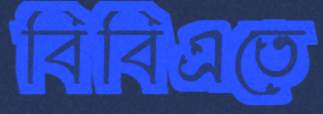
বিবিএতে